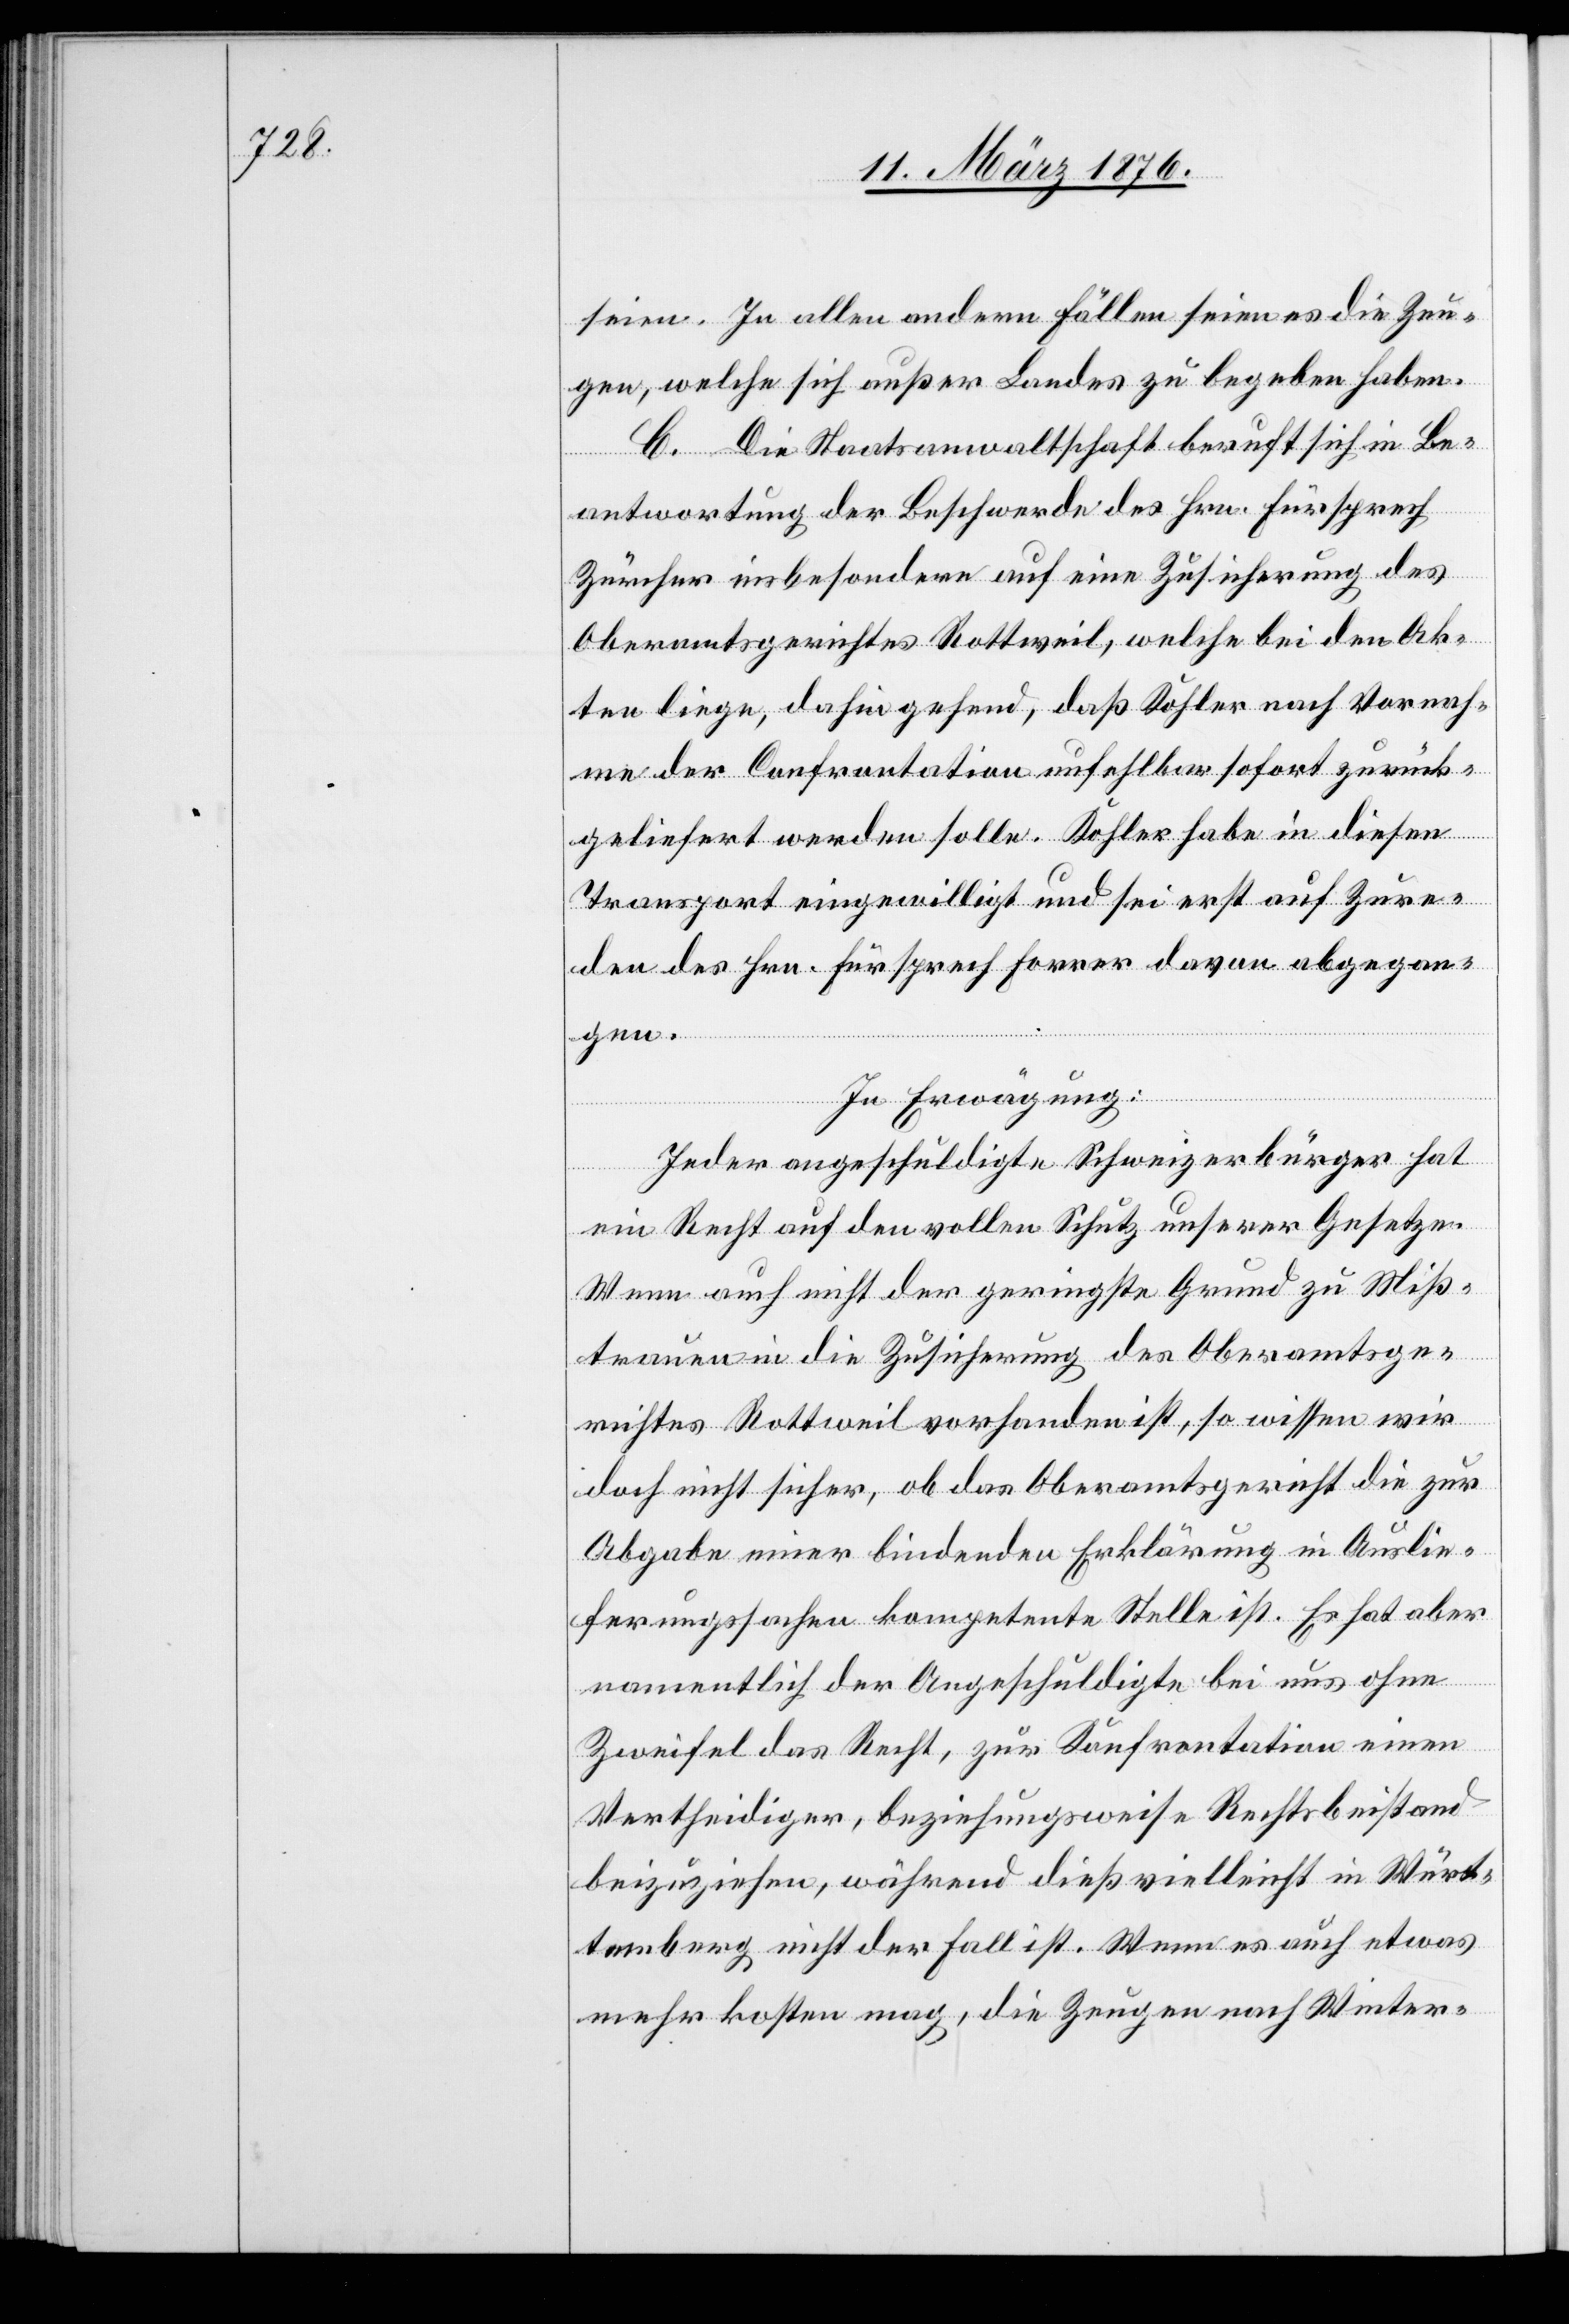
seien. In allen andern Fällen seien es die Zeu¬
gen, welche sich außer Landes zu begeben haben.
C. Die Staatsanwaltschaft beruft sich in Be¬
antwortung der Beschwerde des Hrn. Fürsprech
Zürcher insbesondere auf eine Zusicherung des
Obergerichtes Rottweil, welche bei den Ak¬
ten liege, dahingehend, daß Kohler nach Verneh¬
men der Confrontation unfehlbar sofort zurück¬
geliefert werden solle. Kohler habe in diesen
Transport eingewilligt und sei erst auf Zure¬
den des Hrn. Fürsprech Forrer [sic!] davon abgegan¬
gen.
In Erwägung:
Jeder Angeschuldigte Schweizerbürger hat
ein Recht auf den vollen Schutz unserer Gesetze.
Wenn auch nicht geringste Grund zu Miß¬
trauen in die Zusicherung des Oberamtsge¬
richtes Rottweil vorhanden ist, so wissen wir
doch nicht sicher, ob das Oberamtsgericht die zur
Abgabe einer bindenden Erklärung in Auslie¬
ferungssachen kompetente Stelle ist. Es hat aber
namentlich der Angeschuldigte bei uns ohne
Zweifel das Recht, zur Konfrontation einen
Vertheidiger, beziehungsweise Rechtsbeistand
beizuziehen, während dieß vielleicht in Würt¬
temberg nicht der Fall ist. Wenn es auch etwas
mehr kosten mag, die Zeugen nach Winter-